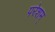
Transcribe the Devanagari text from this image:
परेशम्